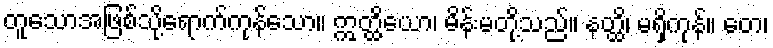
တူသောအဖြစ်သို့ရောက်ကုန်သော။ ဣတ္ထိယော၊ မိန်းမတို့သည်။ နတ္ထိ၊ မရှိကုန်။ တေ၊